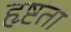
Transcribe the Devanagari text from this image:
हृष्टता